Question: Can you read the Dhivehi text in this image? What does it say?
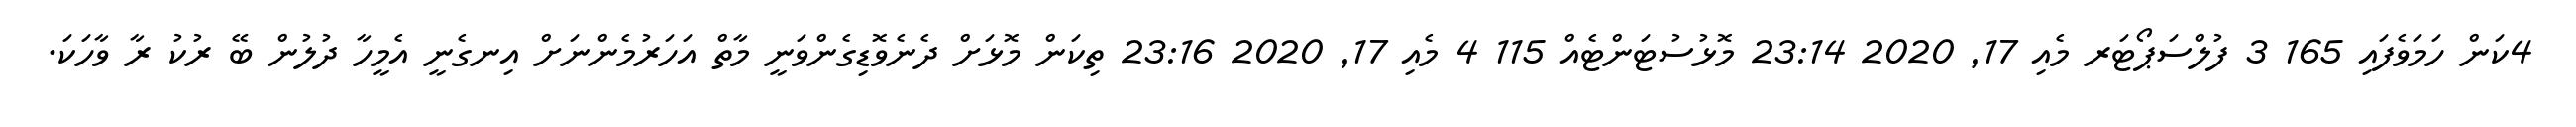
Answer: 4ކަން ހަމަވެފައި 165 3 ފުލްސަޕޯޓަރ މެއި 17, 2020 23:14 މޮޅުސުޓަންޓެއް 115 4 މެއި 17, 2020 23:16 ތިކަން މޮޅަށް ދެނެވޮޑިގެންވަނީ މާތް އަހަރުމެންނަށް އިނގެނީ އެމީހާ ދުލުން ބޭ ރުކު ރާ ވާހަކަ.